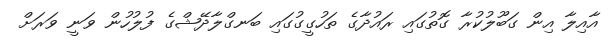
އާއިލާ އިން ގަބޫލުކުރާ ގޮތުގައި ރައުދާގެ ތަހުގީގުގައި ބަނގްލާދޭޝްގެ ފުލުހުން ވަނީ ވަރަށް